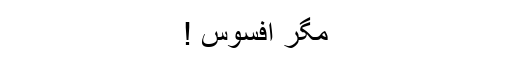
مگر افسوس !